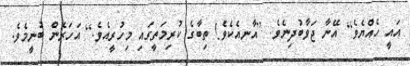
އައީ ހެއްޔެވެ] އޭނާ ޖަވާބުދިނެވެ. [އާނއެކެވެ! ތިބާގެ ކުރިމަތީގައި މިހުރީއެވެ.] އަހަރެން ބުނީމެވެ.